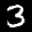
Label: 3